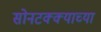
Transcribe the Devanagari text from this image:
सोनटक्क्याच्या